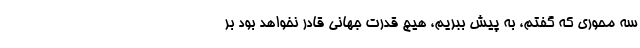
سه محوری که گفتم، به پیش ببریم، هیچ قدرت جهانی قادر نخواهد بود بر